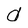
Character: d